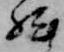
然